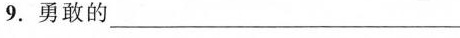
9.勇敢的________ 10.科学家_____